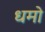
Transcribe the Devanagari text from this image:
धमो